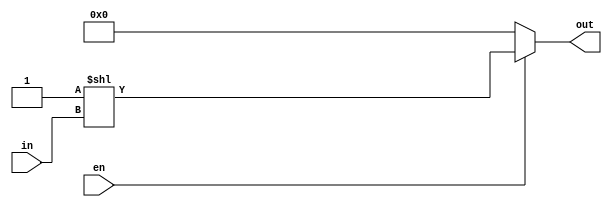
`timescale 1ns / 1ps
//////////////////////////////////////////////////////////////////////////////////
//	
//	Notes:	   A basic decoder that takes in 8 bits and selects the appropriate 
//					output.
//////////////////////////////////////////////////////////////////////////////////
module dec8to255(in,en,out);
	input [7:0] in;
	input       en;
	output wire [255:0] out;
	
	assign out = (en)?(1<< in):255'b0;
	
endmodule